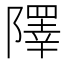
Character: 𨼸